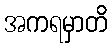
အကရမှာတိ